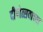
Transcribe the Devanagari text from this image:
दीपोत्सवाच्या